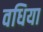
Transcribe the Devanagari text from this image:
वधिया